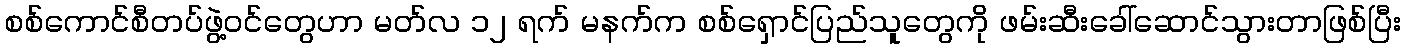
စစ်ကောင်စီတပ်ဖွဲ့ဝင်တွေဟာ မတ်လ ၁၂ ရက် မနက်က စစ်ရှောင်ပြည်သူတွေကို ဖမ်းဆီးခေါ်ဆောင်သွားတာဖြစ်ပြီး